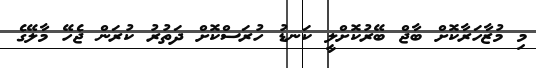
މި މުޒާހަރާކޮށް ބާޖް ބޭރުކޮށްލީ ކަނޑު ހުރަސްކޮށް ދަތުރު ކުރަން ޖެހޭ މާލޭގެ